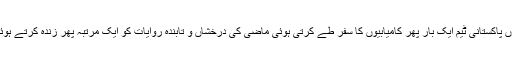
امید ہے کہ نوجوان کھلاڑیوں کی صلاحیتوں پاکستانی ٹیم ایک بار پھر کامیابیوں کا سفر طے کرتی ہوئی ماضی کی درخشاں و تابندہ روایات کو ایک مرتبہ پھر زندہ کرتے ہوئے تاریخ رقم کرنے میں کامیاب رہے گی۔